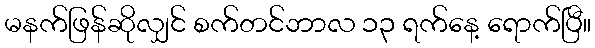
မနက်ဖြန်ဆိုလျှင် စက်တင်ဘာလ ၁၃ ရက်နေ့ ရောက်ပြီ။